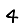
Digit: 4